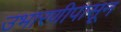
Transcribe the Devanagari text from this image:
उभारणीपासून